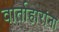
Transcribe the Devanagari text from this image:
वार्ताहारांना